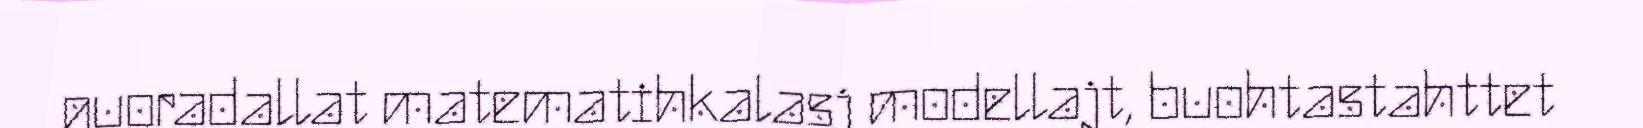
guoradallat matematihkalasj modellajt, buohtastahttet